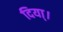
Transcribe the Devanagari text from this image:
दिया्।